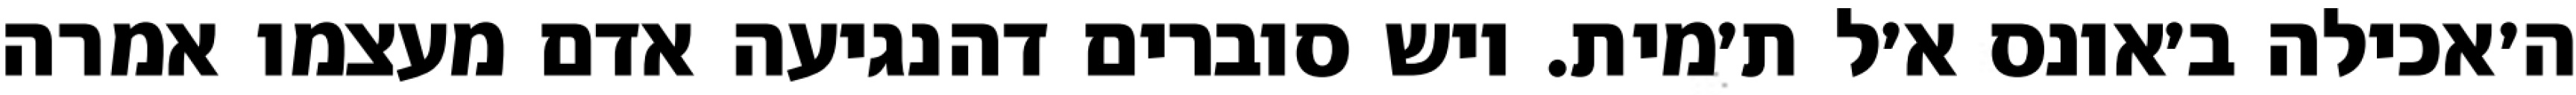
ה׳אכילה ב׳אונס א׳ל ת׳מית. ויש סוברים דהנגיעה אדם מעצמו אמרה